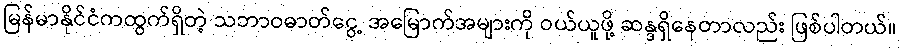
မြန်မာနိုင်ငံကထွက်ရှိတဲ့ သဘာဝဓာတ်ငွေ့ အမြောက်အများကို ဝယ်ယူဖို့ ဆန္ဒရှိနေတာလည်း ဖြစ်ပါတယ်။